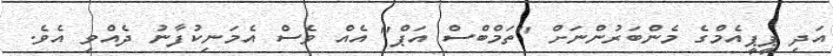
އަދި ޕީޕީއެމްގެ މެންބަރުންނަށް "ތަމްބްސް އަޕް" އެއް ވެސް އެމަނިކުފާނު ދެއްވި އެވެ.